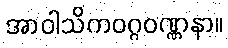
အာဝါသိကဝဂ္ဂဝဏ္ဏနာ။